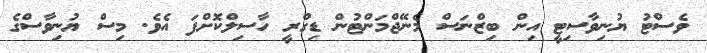
ވެސްޓު ޔުނިވާސިޓީ އިން ބިޒްނަސް މެނޭޖްމަންޓުން ޑިގްރީ ހާސިލްކޮށްފަ އެވެ. މިސް ޔުނިވާސްގެ